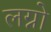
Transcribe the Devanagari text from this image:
लग्नो